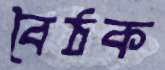
বৈঠক